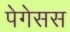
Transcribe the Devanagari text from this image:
पेगेसस